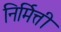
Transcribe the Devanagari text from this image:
निर्मित्ती